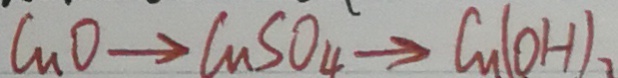
C _ { n } O _ { 4 } \rightarrow C _ { n } S O _ { 4 } \rightarrow C _ { n } ( O H ) _ { 2 }